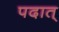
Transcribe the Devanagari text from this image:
पदात्